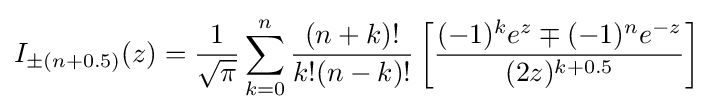
I_{\pm (n+0.5)}(z)={\frac {1}{\sqrt {\pi }}}\sum _{k=0}^{n}{\frac {(n+k)!}{k!(n-k)!}}\left[{\frac {(-1)^{k}e^{z}\mp (-1)^{n}e^{-z}}{(2z)^{k+0.5}}}\right]